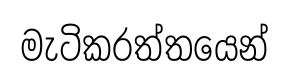
මැටිකරත්තයෙන්